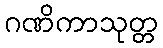
ဂဏိကာသုတ္တ